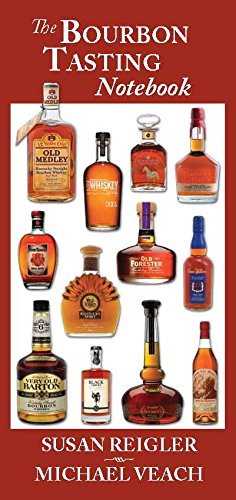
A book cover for The Bourbon Tasting Notebook; Susan Reigler; Reference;